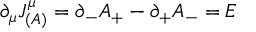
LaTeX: \partial _ { \mu } J _ { ( A ) } ^ { \mu } = \partial _ { - } A _ { + } - \partial _ { + } A _ { - } = E